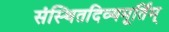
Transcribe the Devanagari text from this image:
संस्थितदिव्यमूर्तिम्